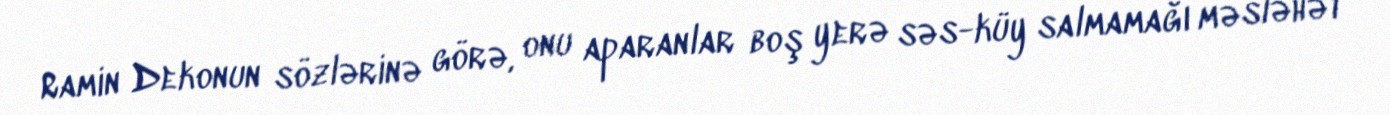
Ramin Dekonun sözlərinə görə, onu aparanlar boş yerə səs-küy salmamağı məsləhət